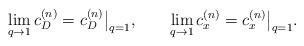
LaTeX: \begin{align*}\lim_{q\to1} c^{(n)}_D = c^{(n)}_D\big|_{q=1}, \qquad\lim_{q\to1} c^{(n)}_x = c^{(n)}_x\big|_{q=1} .\end{align*}